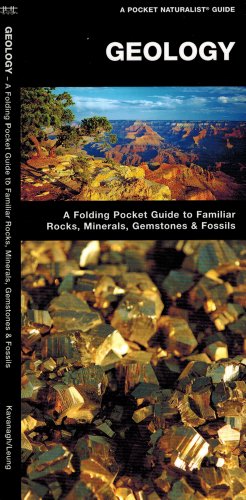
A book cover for Geology: A Folding Pocket Guide to Familiar Rocks, Minerals, Gemstones & Fossils (Pocket Naturalist Guide Series); James Kavanagh; Science & Math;